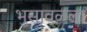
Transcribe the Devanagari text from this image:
भुसावळला